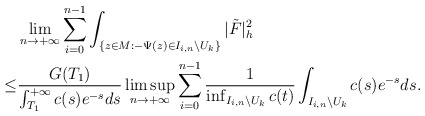
\begin{align*}&\lim_{n\to+\infty}\sum_{i=0}^{n-1}\int_{\{z\in M:-\Psi(z)\in I_{i,n}\backslash U_k\}}|\tilde F|^2_h\\\le&\frac{G(T_1)}{\int_{T_1}^{+\infty}c(s)e^{-s}ds}\limsup_{n\to+\infty}\sum_{i=0}^{n-1}\frac{1}{\inf_{I_{i,n}\backslash U_k}c(t)}\int_{I_{i,n}\backslash U_k}c(s)e^{-s}ds.\end{align*}